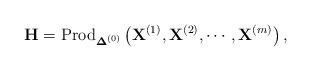
LaTeX: \begin{align*}\mathbf{H}=\mbox{Prod}_{\boldsymbol{\Delta}^{(0)}}\left(\mathbf{X}^{(1)},\mathbf{X}^{(2)},\cdots,\mathbf{X}^{(m)}\right),\end{align*}